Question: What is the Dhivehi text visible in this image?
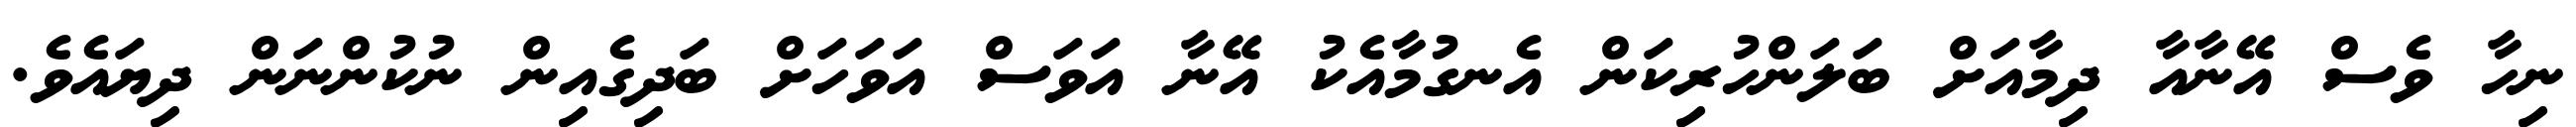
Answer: ނިހާ ވެސް އޭނާއާ ދިމާއަށް ބަލަންހުރިކަން އެނގުމާއެކު އޭނާ އަވަސް އަވަހަށް ބަދިގެއިން ނުކުންނަން ދިޔައެވެ.